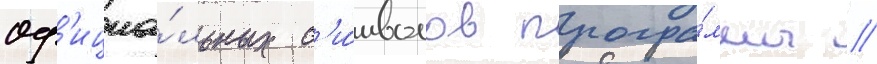
оф'ициа́льных с'и́мволов програ́ммы //